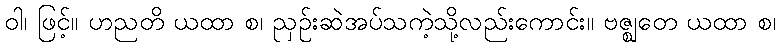
ဝါ၊ ဖြင့်။ ဟညတိ ယထာ စ၊ ညှဉ်းဆဲအပ်သကဲ့သို့လည်းကောင်း။ ဗဇ္ဈတေ ယထာ စ၊